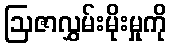
ဩဇာလွှမ်းမိုးမှုကို